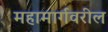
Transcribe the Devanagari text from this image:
महामार्गवरील